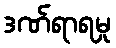
ဒဏ်ရာရမှု